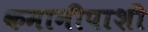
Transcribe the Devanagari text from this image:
कमानीपाशी